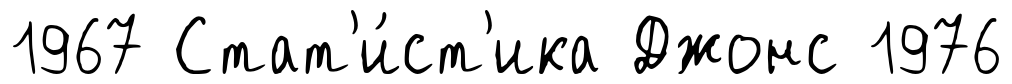
1967 Стат'и́ст'ика Джонс 1976